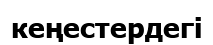
кеңестердегі